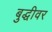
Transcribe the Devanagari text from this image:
बुद्धीवर